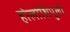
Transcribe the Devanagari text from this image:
होलोशिपुलो